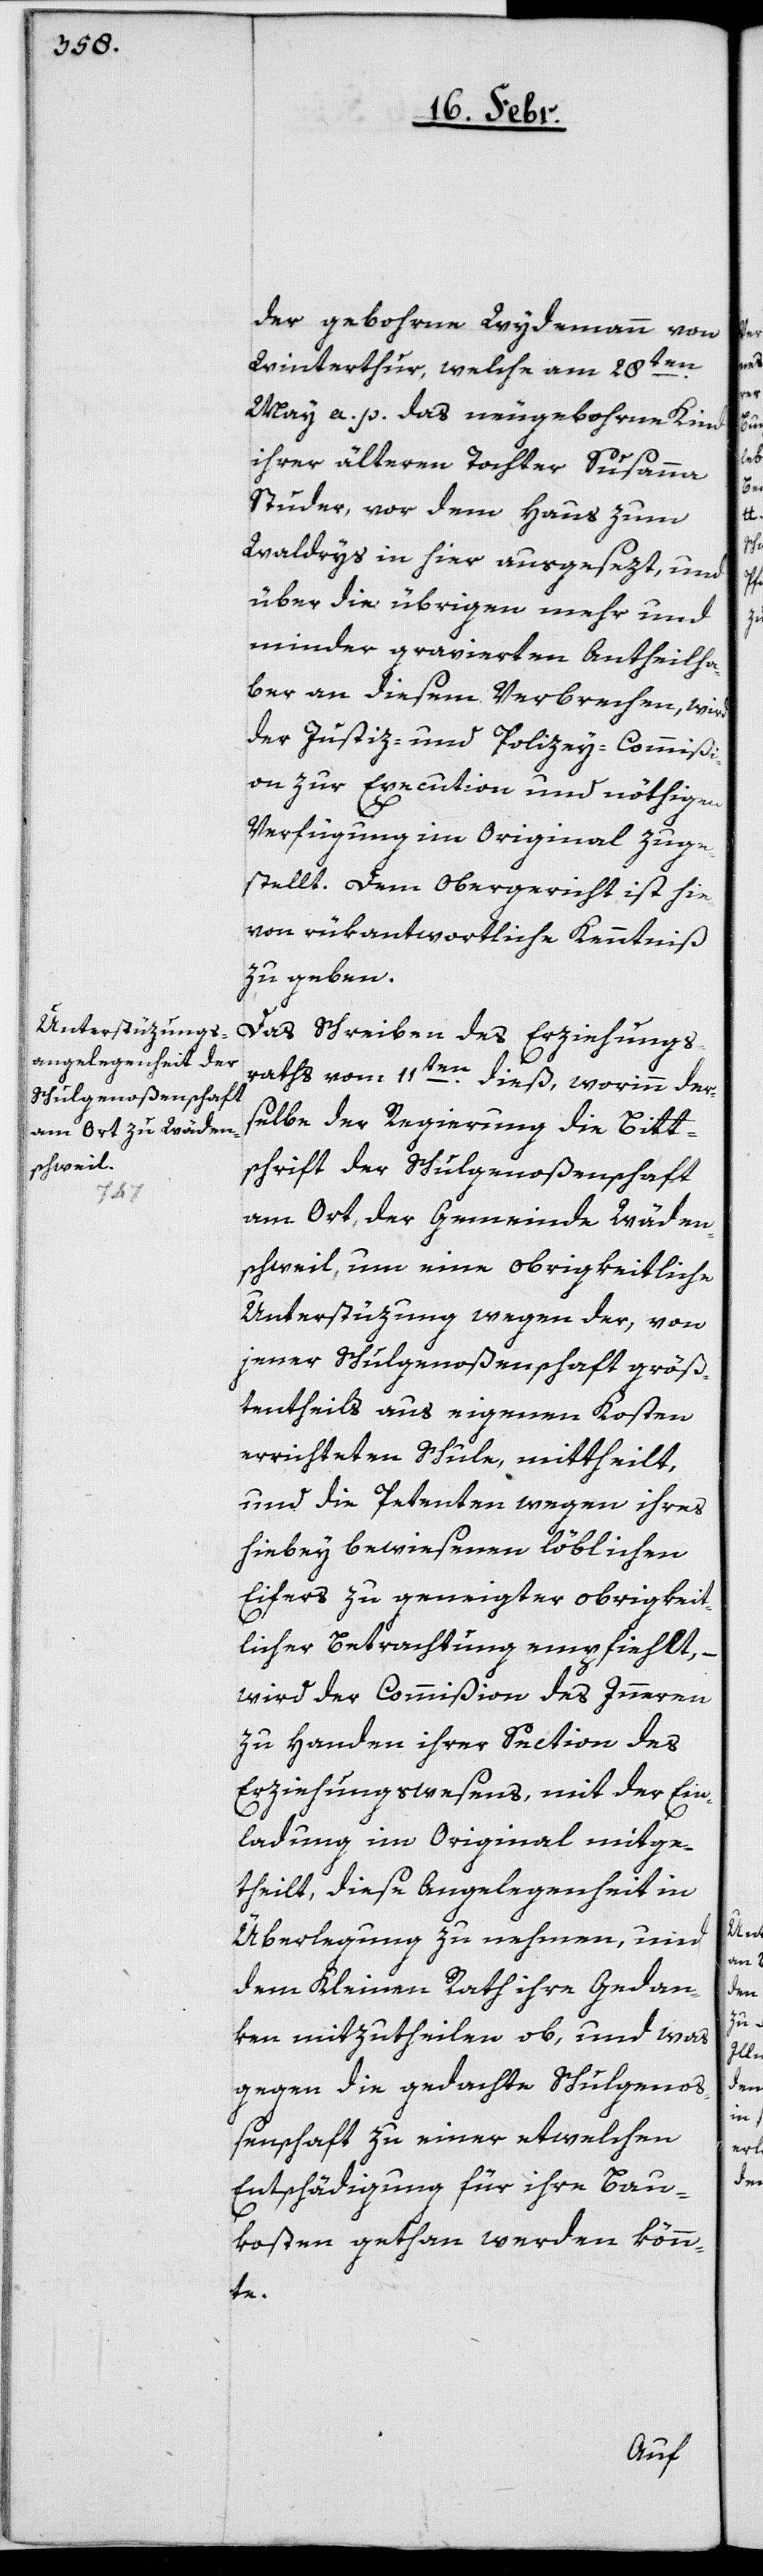
der, gebohrne Wydemann, von
Winterthur, welche am 28ten.
May a. p. das neugebohrne Kind
ihrer älteren Tochter Susanna
Studer vor dem Haus zum
Waldrys in hier ausgesezt, und
über die übrigen mehr und
minder gravierten Antheilha¬
ber an diesem Verbrechen, wird
der Justiz- und Polizey-Commißi¬
on zur Execution und nöthigen
Verfügung im Original zuge¬
stellt. Dem Obergericht ist hie¬
von rückantwortliche Kenntniß
zu geben.
Das Schreiben des Erziehungs¬
raths vom 11ten. dieß, worinn der¬
selbe der Regierung die Bitt¬
schrift der Schulgenoßenschaft
am Ort, der Gemeinde Wäden¬
schweil, um eine obrigkeitliche
Unterstüzung wegen der, von
jener Schulgenoßenschaft größ¬
tentheils aus eigenen Kosten
errichteten Schule, mittheilt,
und die Petenten wegen ihres
hiebey bewiesenen löblichen
Eifers zu geneigter obrigkeit¬
licher Betrachtung empfiehlt,
wird der Commißion des Innern
zu Handen ihrer Section des
Erziehungswesens, mit der Ein¬
ladung im Original mitge¬
theilt, diese Angelegenheit in
Überlegung zu nehmen, und
dem Kleinen Rath ihre Gedan¬
ken mitzutheilen ob, und was
gegen die gedachte Schulgenoß¬
enschaft zu einer etwelchen
Entschädigung für ihre Bau¬
kosten gethan werden könn¬
te.